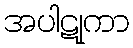
အပါဋုကာ